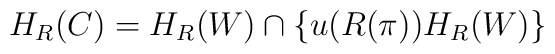
H_{R}(C)=H_{R}(W)\cap \left\{ u(R(\pi ))H_{R}(W)\right\}